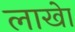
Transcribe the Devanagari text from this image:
लाखेा